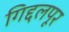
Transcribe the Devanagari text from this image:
गिद्दलपूर